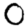
Digit: 0